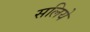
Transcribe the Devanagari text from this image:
सलिये